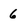
Character: 6